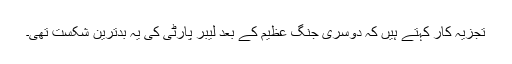
تجزیہ کار کہتے ہیں کہ دوسری جنگ عظیم کے بعد لیبر پارٹی کی یہ بدترین شکست تھی۔